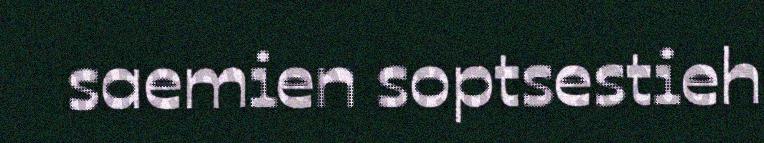
saemien soptsestieh